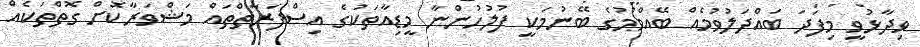
ވިދާޅުވީ މިފަދަ ބައްދަލުވުމެއް ބޭއްވުމުގެ ބޭނުމަކީ ފުލުހުންނާ މީޑިއާތަކުގެ އިސްފަރާތްތައް މަޝްވަރާކޮށް ގޮތްތަކެއް